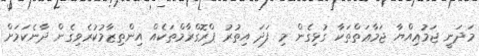
މަދަނީ ޖަމުޢިއްޔާ ޖަމާޢަތްތަކާ ގުޅިގެން މި ފަދަ އިތުރު ޕްރޮގްރާމްތަކެއް އިންތިޒާމުކުރެވިގެން ދާނެކަމަށް